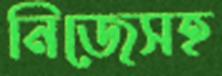
নিজেসহ